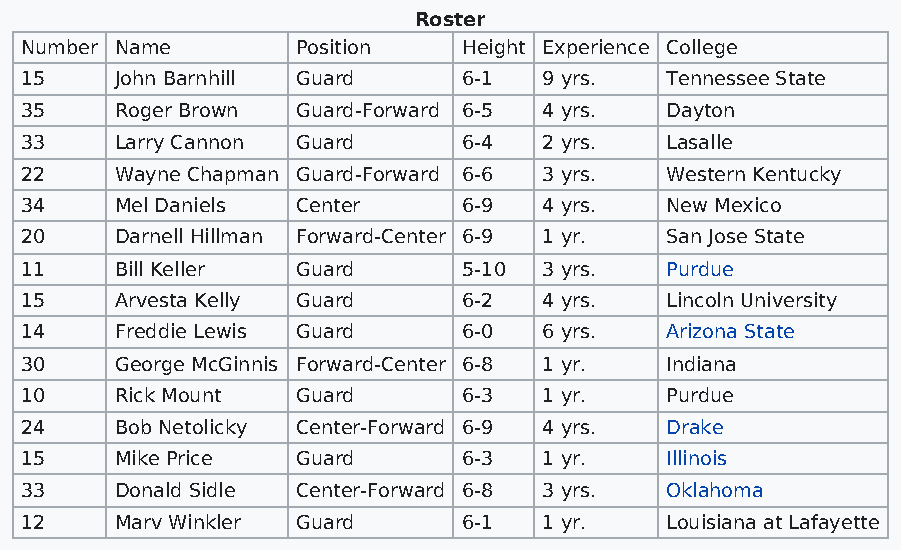
Roster
 Number Name        Position   Height Experience College
 15     John Barnhill Guard    6-1  9 yrs.  Tennessee State
 35     Roger Brown Guard-Forward 6-5 4 yrs. Dayton
 33     Larry Cannon Guard     6-4  2 yrs.  Lasalle
 22     Wayne Chapman Guard-Forward 6-6 3 yrs. Western Kentucky
 34     Mel Daniels Center     6-9  4 yrs.  New Mexico
 20     Darnell Hillman Forward-Center 6-9 1 yr. San Jose State
 11     Bill Keller Guard      5-10 3 yrs.  Purdue
 15     Arvesta Kelly Guard    6-2  4 yrs.  Lincoln University
 14     Freddie Lewis Guard    6-0  6 yrs.  Arizona State
 30     George McGinnis Forward-Center 6-8 1 yr. Indiana
 10     Rick Mount  Guard      6-3  1 yr.   Purdue
 24     Bob Netolicky Center-Forward 6-9 4 yrs. Drake
 15     Mike Price  Guard      6-3  1 yr.   Illinois
 33     Donald Sidle Center-Forward 6-8 3 yrs. Oklahoma
 12     Marv Winkler Guard     6-1  1 yr.   Louisiana at Lafayette